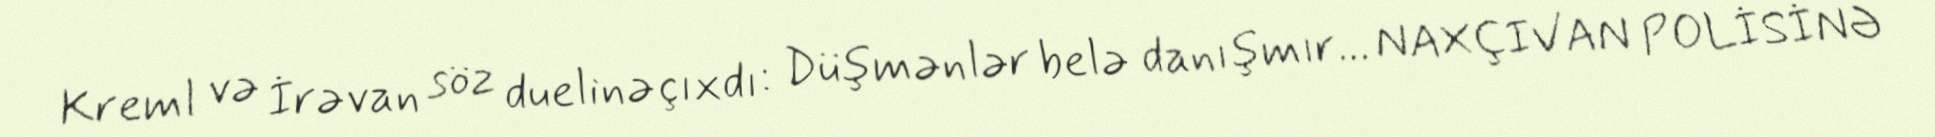
Kreml və İrəvan söz duelinə çıxdı: Düşmənlər belə danışmır... NAXÇIVAN POLİSİNƏ